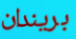
بريندان